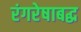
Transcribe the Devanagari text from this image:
रंगरेषाबद्ध